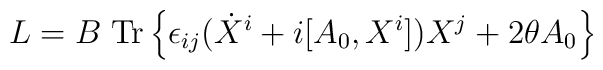
L=B \; {\rm{Tr}}\left\{\epsilon_{ij} (\dot{X}^i +i[A_0,X^i])X^j + 2\theta A_0\right\}